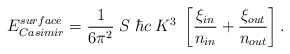
\begin{align*}E^{\small surface}_{\small Casimir} = {1\over6\pi^2} \; S \; \hbar c \; K^3 \; \left[ {\xi_{\small in }\over n_{\small in }} + {\xi_{\small out}\over n_{\small out}} \right].\end{align*}